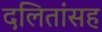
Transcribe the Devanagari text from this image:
दलितांसह